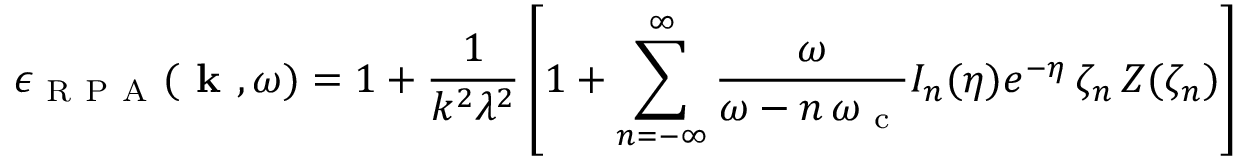
\epsilon _ { \mathrm { ~ R ~ P ~ A ~ } } ( \textbf { k } , \omega ) = 1 + \frac { 1 } { k ^ { 2 } \lambda ^ { 2 } } \left[ 1 + \sum _ { n = - \infty } ^ { \infty } \frac { \omega } { \omega - n \, \omega _ { \mathrm { ~ c ~ } } } I _ { n } ( \eta ) e ^ { - \eta } \, \zeta _ { n } \, Z ( \zeta _ { n } ) \right]